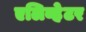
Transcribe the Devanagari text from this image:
एलिव्हेटर